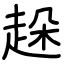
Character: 趓